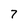
Character: 7